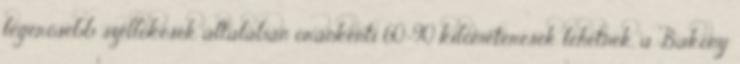
legerősebb széllökések általában óránkénti 60-90 kilométeresek lehetnek, a Bakony